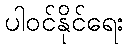
ပါဝင်နိုင်ရေး